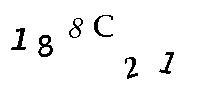
188C21